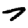
Digit: 7